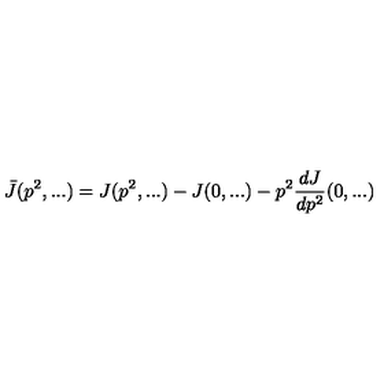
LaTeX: \bar { J } ( p ^ { 2 } , . . . ) = J ( p ^ { 2 } , . . . ) - J ( 0 , . . . ) - p ^ { 2 } \frac { d J } { d p ^ { 2 } } ( 0 , . . . )